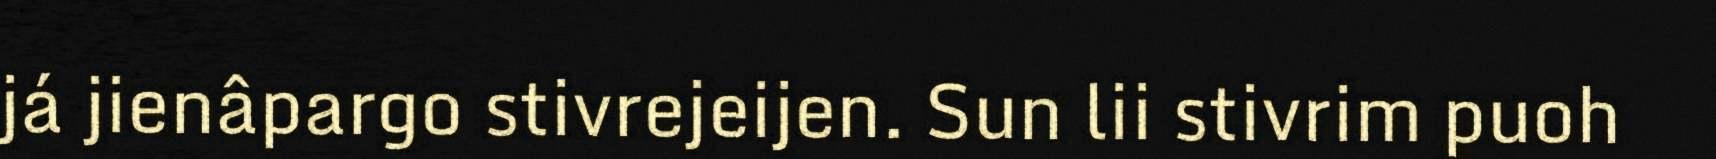
já jienâpargo stivrejeijen. Sun lii stivrim puoh